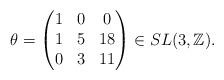
LaTeX: \begin{align*}\theta=\left(\begin{matrix}1& 0 & 0\\1 & 5 & 18\\ 0& 3 & 11\end{matrix}\right)\in{SL(3,\mathbb{Z})}.\end{align*}